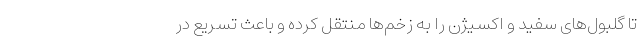
تا گلبول‌های سفید و اکسیژن را به زخم‌ها منتقل کرده و باعث تسریع در